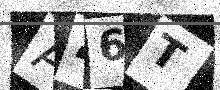
Text: A46T